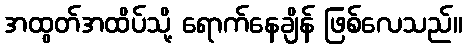
အထွတ်အထိပ်သို့ ရောက်နေချိန် ဖြစ်လေသည်။